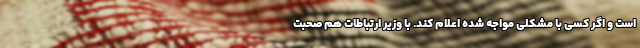
است و اگر کسی با مشکلی مواجه شده اعلام کند. با وزیر ارتباطات هم صحبت